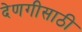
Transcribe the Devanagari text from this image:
देणगीसाठी